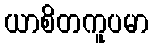
ယာစိတကူပမာ